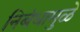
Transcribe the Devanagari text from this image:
निबंधामुळे